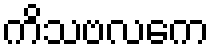
ကိသဗလကေ